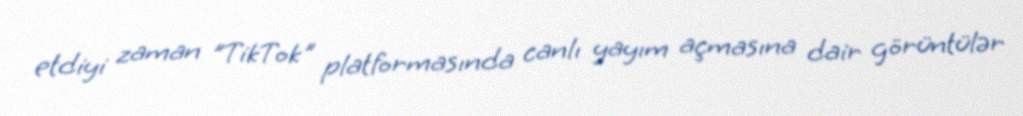
etdiyi zaman "TikTok" platformasında canlı yayım açmasına dair görüntülər